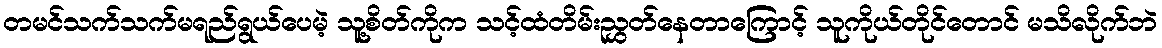
တမင်သက်သက်မရည်ရွယ်ပေမဲ့ သူ့စိတ်ကိုက သင့်ထံတိမ်းညွှတ်နေတာကြောင့် သူကိုယ်တိုင်တောင် မသိလိုက်ဘဲ